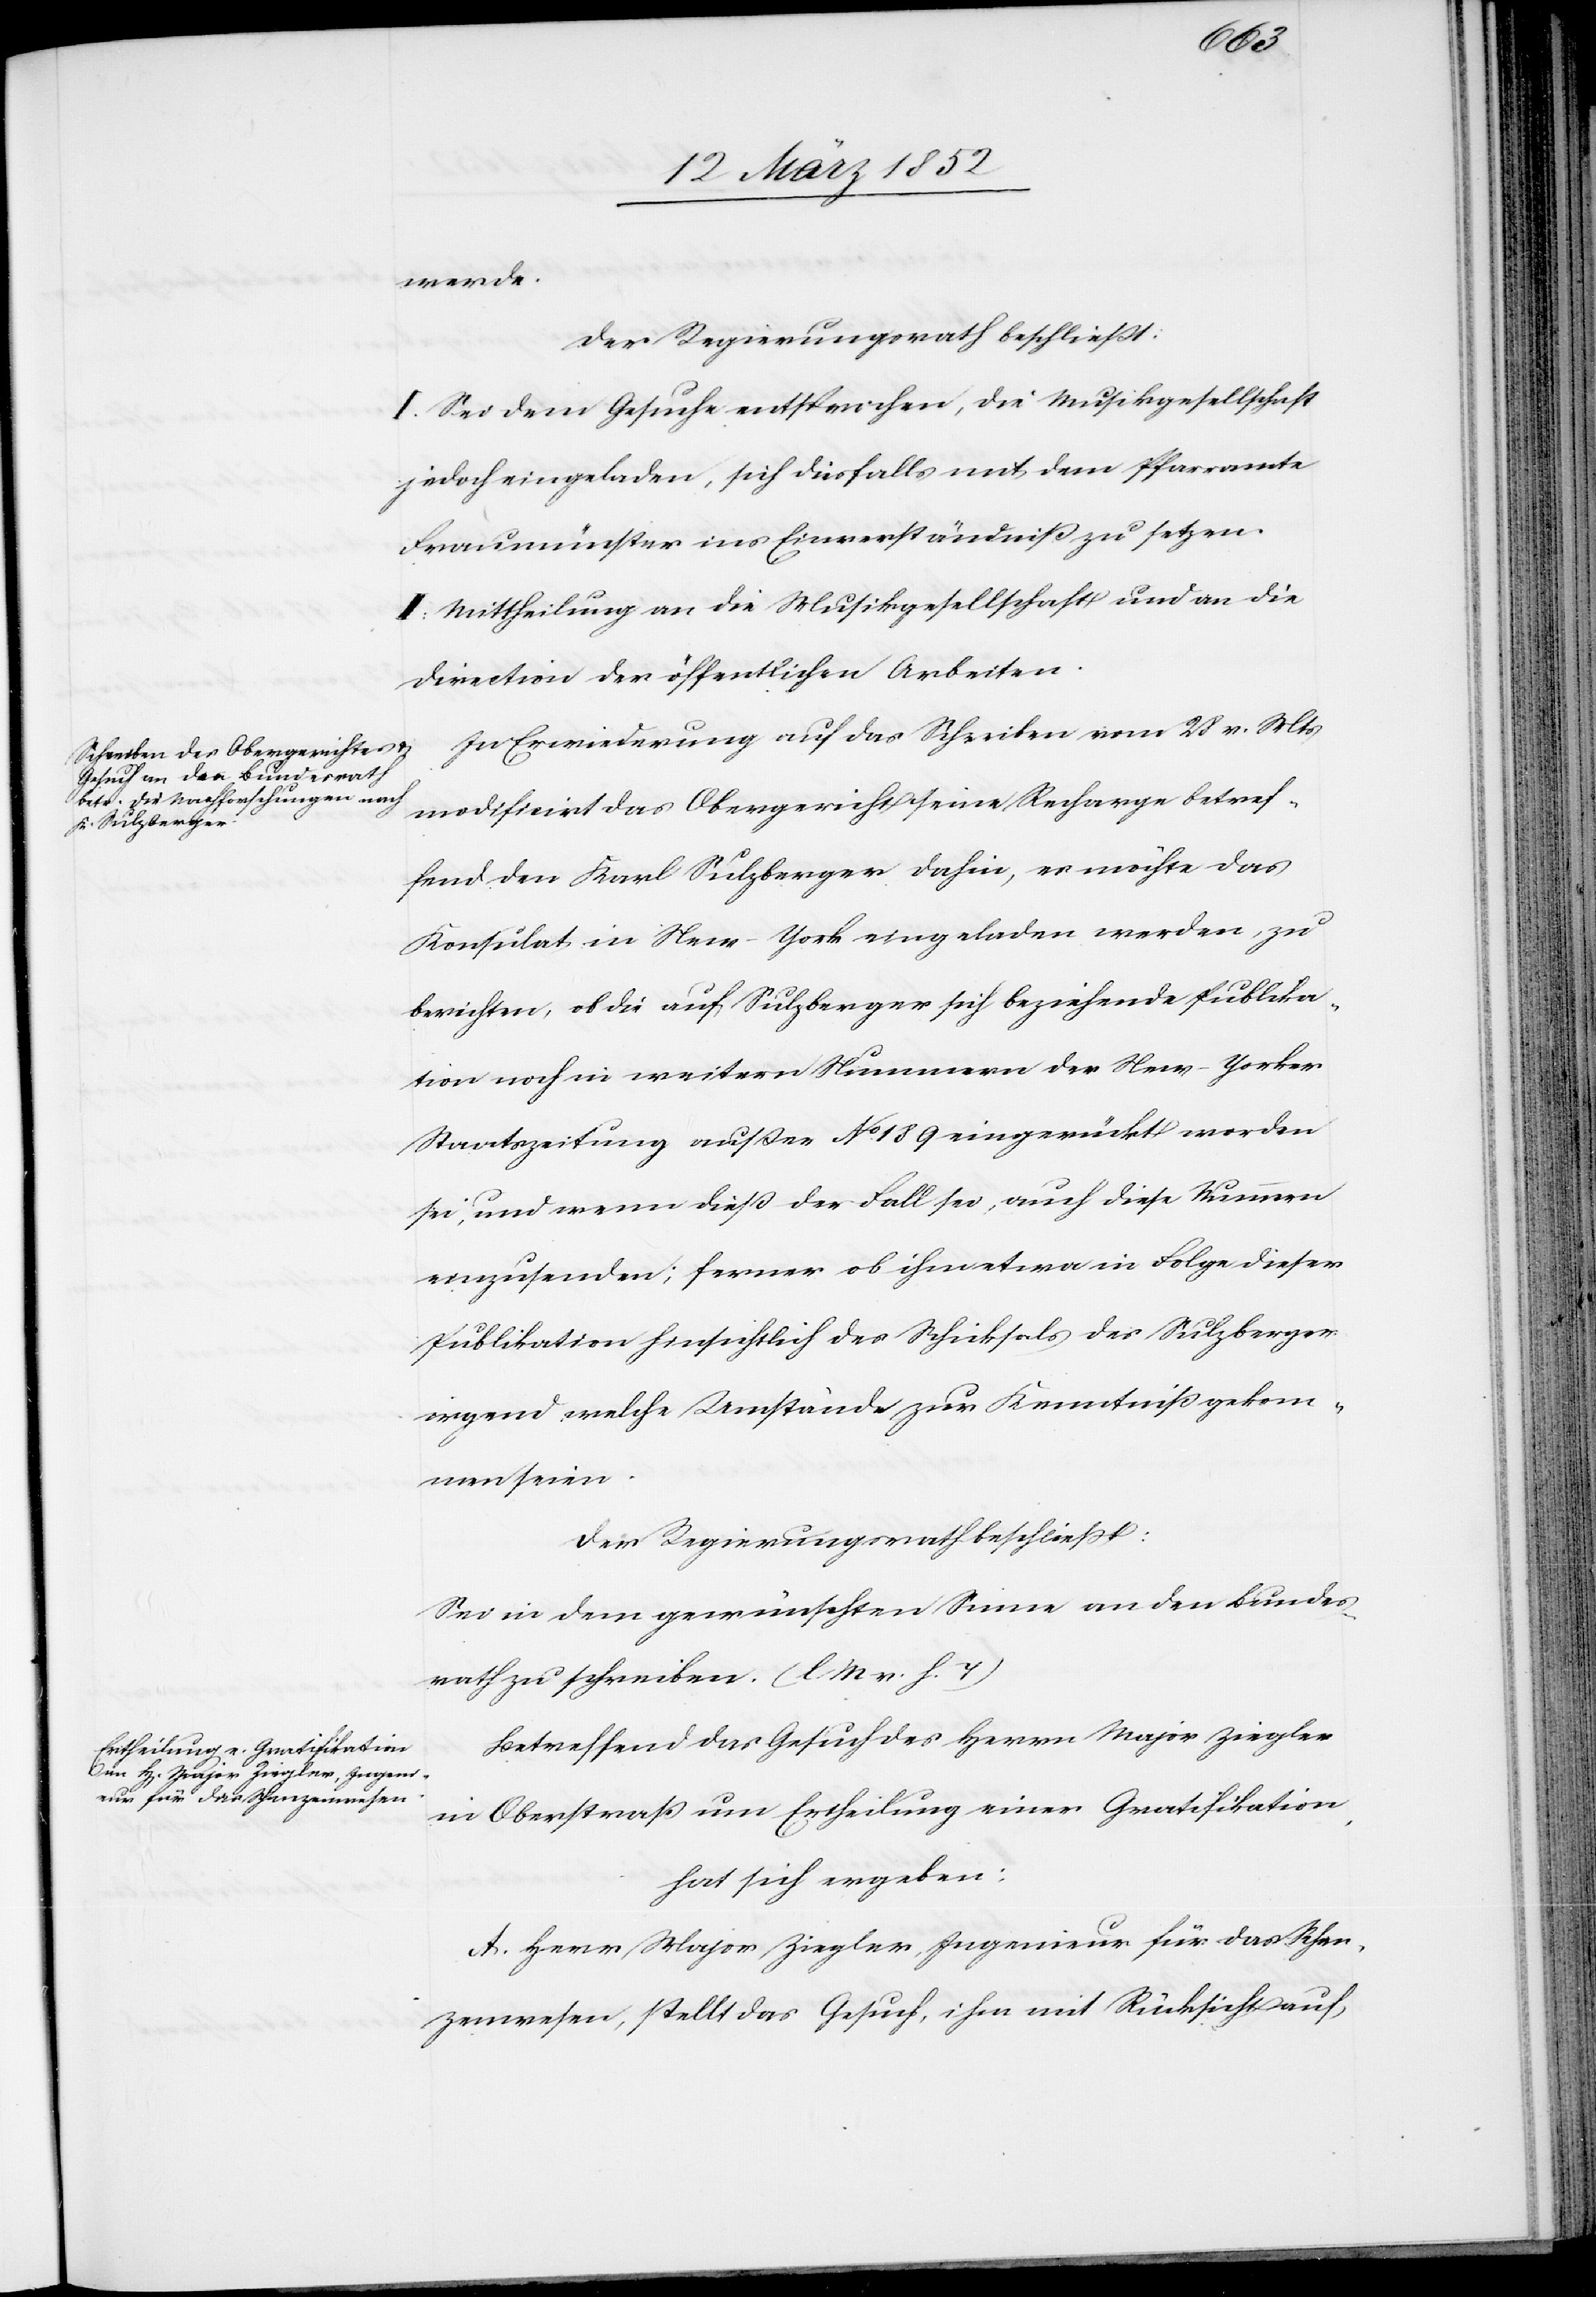
werde.
Der Regierungsrath beschließt:
I. Sei dem Gesuche entsprochen, die Musikgesellschaft
jedoch eingeladen, sich diesfalls mit dem Pfarramte
Fraumünster ins Einverständniß zu setzen.
II. Mittheilungen an die Musikgesellschaft und an die
Direction der öffentlichen Arbeiten.
In Erwiederung auf das Schreiben vom 28 v. Mts
modificirt das Obergericht seine Recharge betref¬
fend den Karl Sulzberger dahin, es möchte das
Konsulat in Neu-York eingeladen werden, zu
berichten, ob die auf Sulzberger sich beziehende Publika¬
tion noch in weitern Nummern der New-Yorker
Staatszeitung außer No. 189 eingerückt worden
sei, und wenn dieß der Fall sei, auch diese Nummern
einzusenden; ferner ob ihm etwa in Folge dieser
Publikation hinsichtlich des Schicksals des Sulzberger
irgend welche Umstände zur Kenntniß gekom¬
men seien.
Der Regierungsrath beschließt:
Sei in dem gewünschten Sinne an den Bundes¬
rath zu schreiben. (l M v. h. T)
Betreffend das Gesuch des Herrn Major Ziegler
in Oberstraß um Ertheilung einer Gratifikation,
hat sich ergeben:
A. Herr Major Ziegler, Ingenieur für das Schan¬
zenwesen, stellt das Gesuch, ihm mit Rücksicht auf